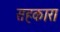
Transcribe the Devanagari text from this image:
सहकारा